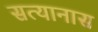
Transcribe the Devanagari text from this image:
सत्यानास